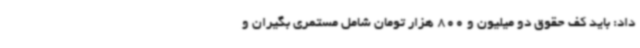
داد: باید کف حقوق دو میلیون و 800 هزار تومان شامل مستمری بگیران و